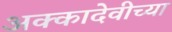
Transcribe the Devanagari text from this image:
अक्कादेवीच्या